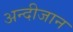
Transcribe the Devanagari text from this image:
अन्दीजान